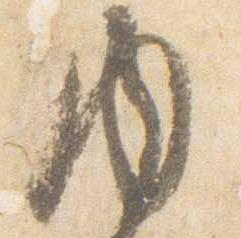
内